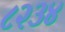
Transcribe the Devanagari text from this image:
८२३४